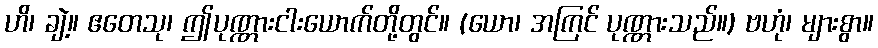
ဟိ၊ ချဲ့။ ဧတေသု၊ ဤပုဏ္ဏားငါးယောက်တို့တွင်။ (ယော၊ အကြင် ပုဏ္ဏားသည်။) ဗဟုံ၊ များစွာ။